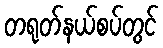
တရုတ်နယ်စပ်တွင်